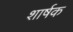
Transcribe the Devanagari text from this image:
शार्षक